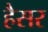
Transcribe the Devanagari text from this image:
हैसर